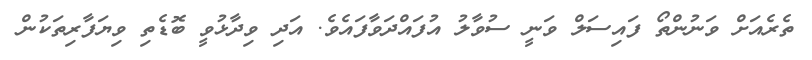
ތެރެއަށް ވަނުންތޯ ފައިސަލް ވަނީ ސުވާލު އުފައްދަވާފައެވެ. އަދި ވިދާޅުވީ ބޮޑެތި ވިޔަފާރިތަކުން